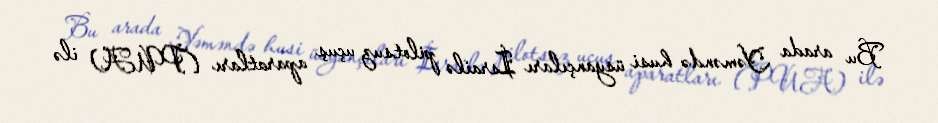
Bu arada Yəməndə husi üsyançıları İsrailə pilotsuz uçuş aparatları (PUA) ilə